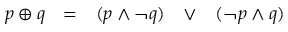
\begin{array} { l l l l l } { p \oplus q } & { = } & { ( p \land \lnot q ) } & { \lor } & { ( \lnot p \land q ) } \end{array}